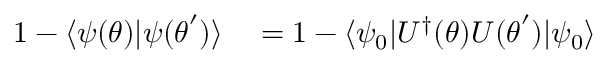
\begin{array} { r l } { 1 - \ensuremath { \langle { \psi ( { \boldsymbol { \theta } } ) } \rvert { \psi ( { \boldsymbol { \theta } } ^ { \prime } ) } \rangle } } & { { } = 1 - \ensuremath { \langle { \psi _ { 0 } } \rvert } U ^ { \dag } ( { \boldsymbol { \theta } } ) U ( { \boldsymbol { \theta } } ^ { \prime } ) \ensuremath { \lvert { \psi _ { 0 } } \rangle } } \end{array}